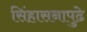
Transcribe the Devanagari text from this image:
सिंहासनापुढे